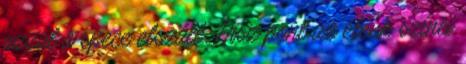
azzal a spece elszáll. Hisz pont az élénk színei